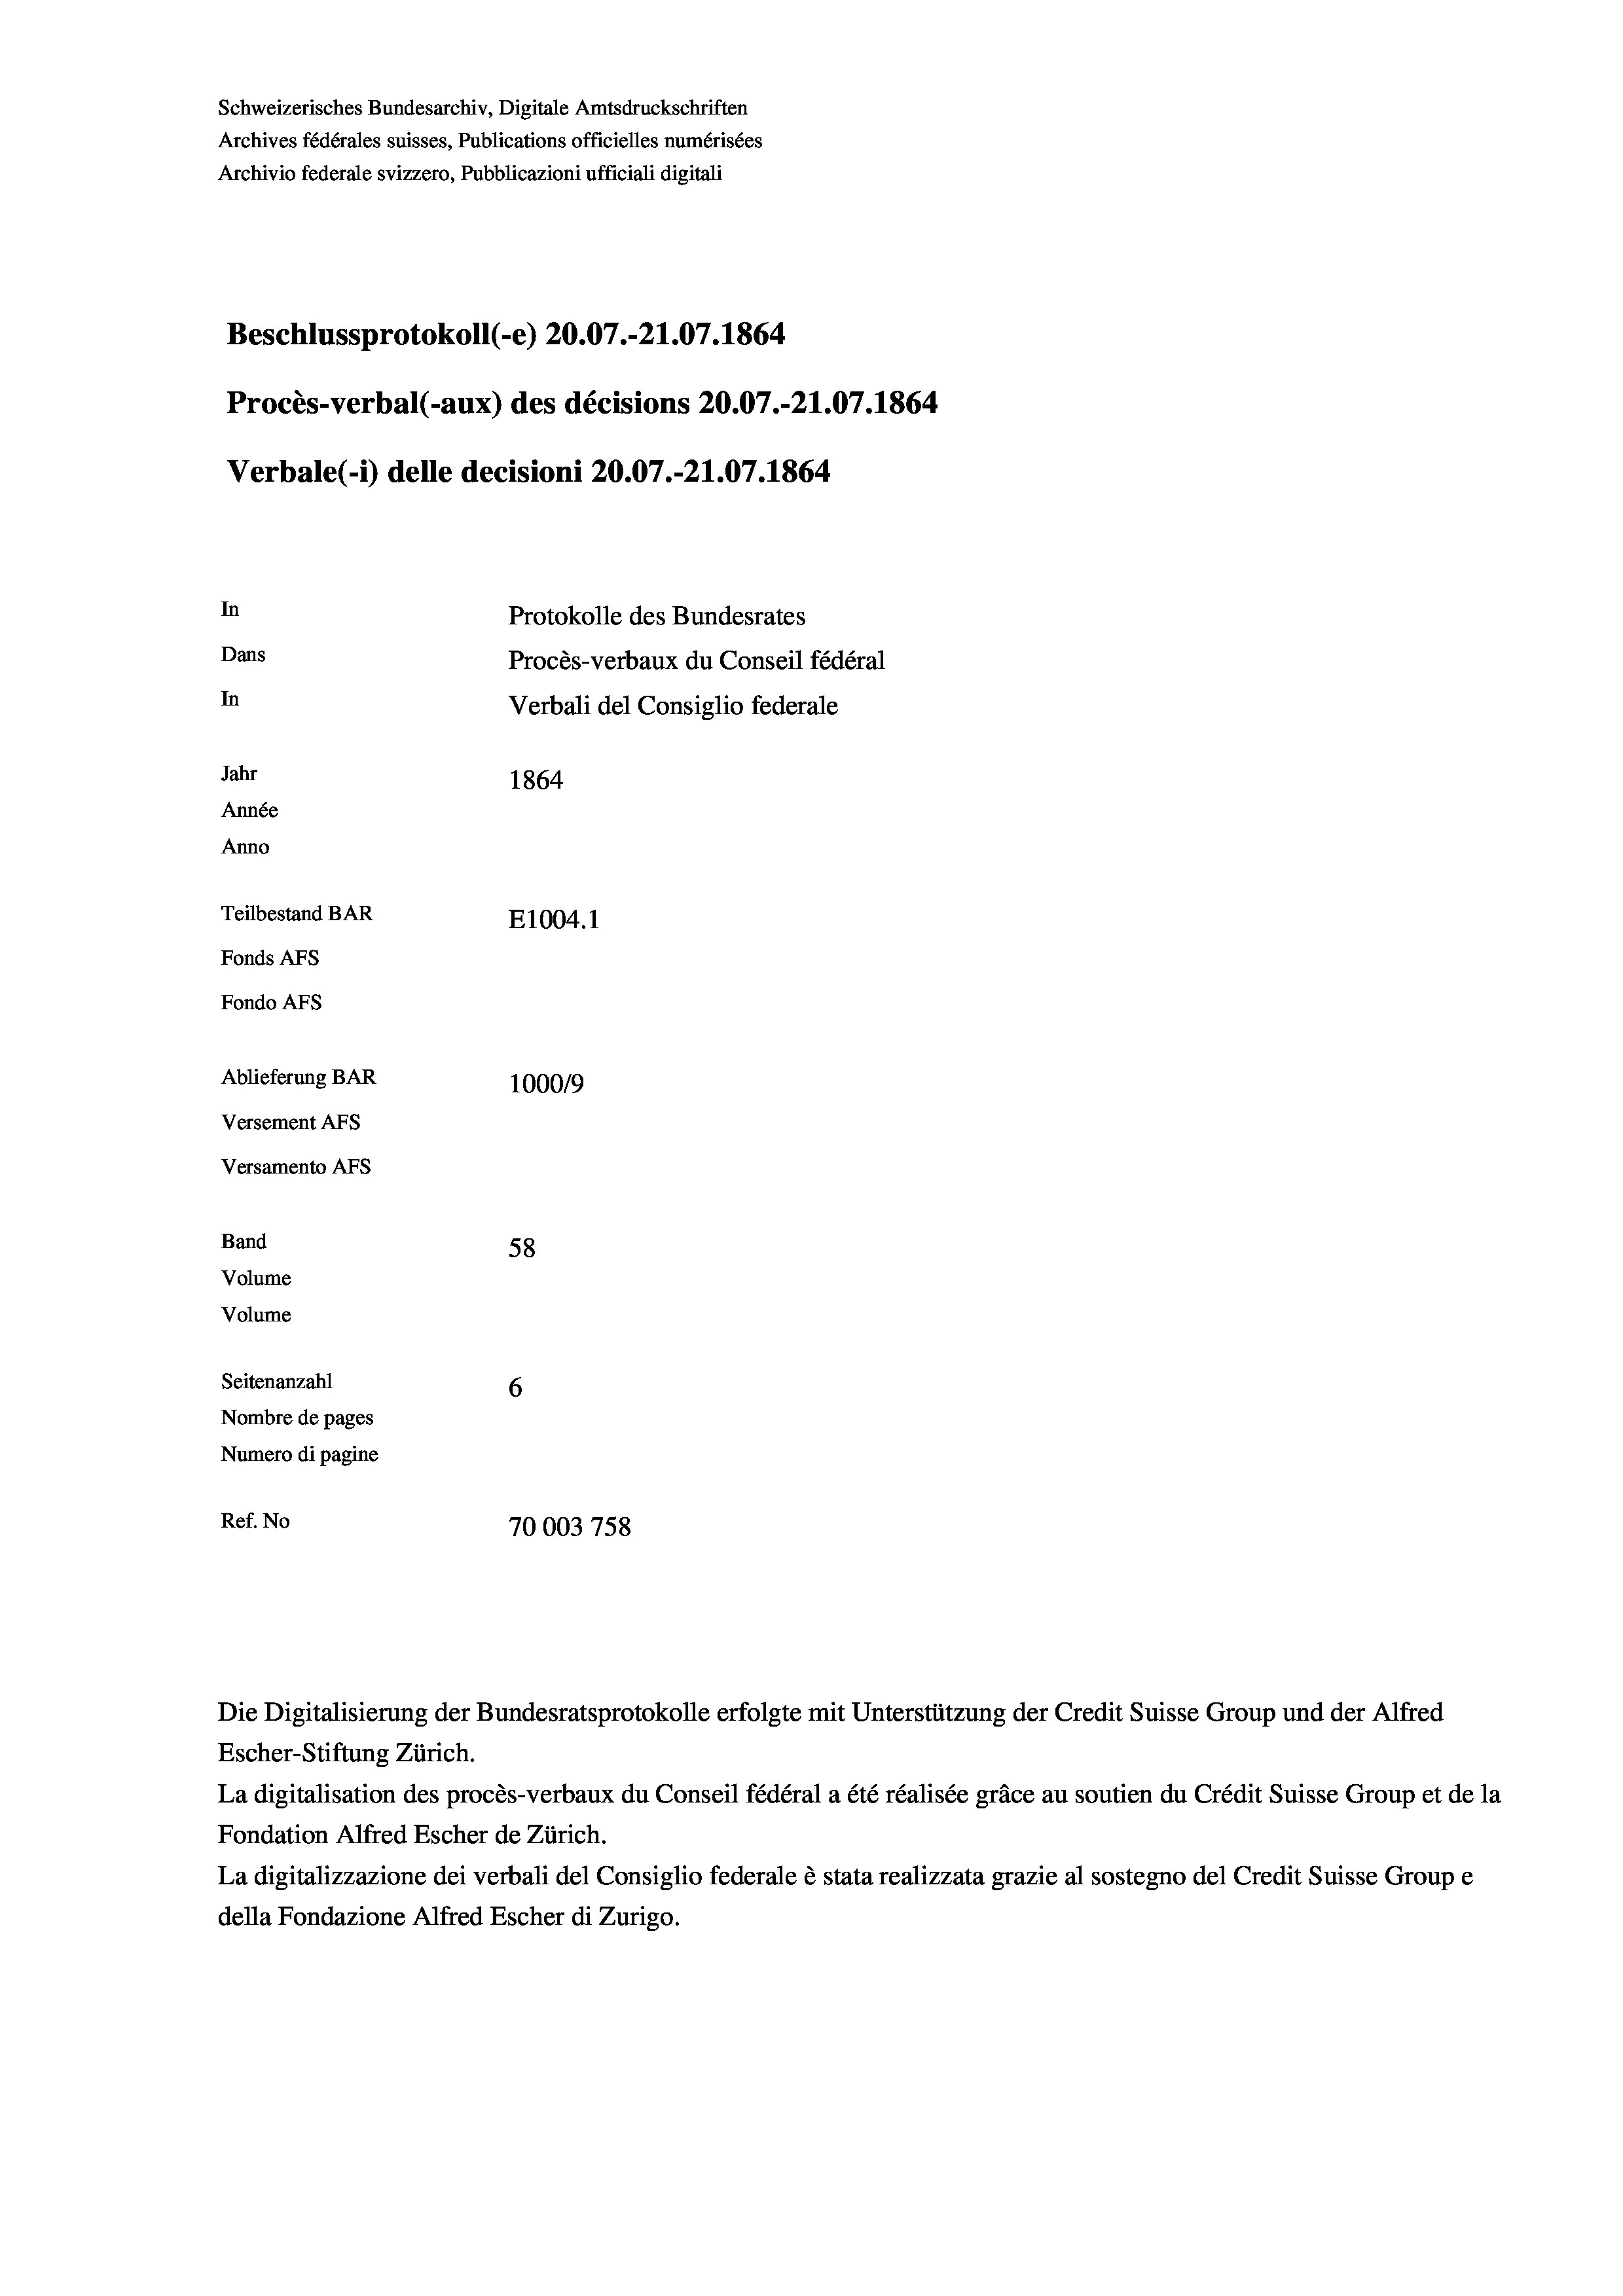
Beschlussprotokoll (-e) 20.07.-21.07. 1864
Procès-verbal (-aux) des décisions 20.07.-21.07. 1864
Verbale (- 1) delle decisioni 20.07.-21.07. 1864
In
Protokolle des Bundesrates
Dans
Procès-verbaux du Conseil fédéral
In
Verbali del Consiglio federale
Jahr
1864
Année
Anno
Teilbestand BAR
E1004.1
Fonds AFs
Fondo AFs
Ablieferung BAR
100019
Versement AFs

Versamento Afs
Band
Volume
Volume
Seitenanzahl

Ref. No

Schweizerisches Bundesarchiv, Digitale Amtsdruckschriften
Archives fédérales suisses, Publications officielles numérisées
Archivio federale svizzero, Pubblicazioni ufficiali digitali

58
6
Nombre de pages
Numero di pagine
70003 758

Die Digitalisierung der Bundesratsprotokolle erfolgte mit Unterstützung der Credit Suisse Group und der Alfred
Escher-Stiftung Zürich.
La digitalisation des procès-verbaux du Conseil fédéral a été réalisée gräce au soutien du Crédit Suisse Group et de la
Fondation Alfred Escher de Zürich.
La digitalizzazione dei verbali del Consiglio federale è stata realizzata grazie al sostegno del Credit Suisse Groupe
della Fondazione Alfred Escher di Zurigo.